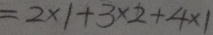
= 2 \times 1 + 3 \times 2 + 4 \times 1